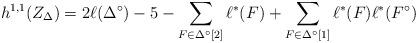
LaTeX: \begin{align*}h^{1,1}(Z_\Delta) = 2\ell(\Delta^\circ) - 5 - \sum_{F \in \Delta^\circ[2]} \ell^*(F) + \sum_{F \in \Delta^\circ[1]} \ell^*(F) \ell^*(F^\circ)\end{align*}